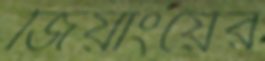
জিয়াংয়ের